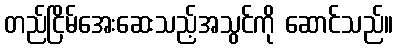
တည်ငြိမ်အေးဆေးသည့်အသွင်ကို ဆောင်သည်။